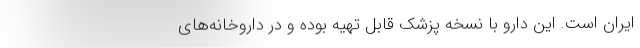
ایران است. این دارو با نسخه پزشک قابل تهیه بوده و در داروخانه‌های